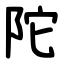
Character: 陀